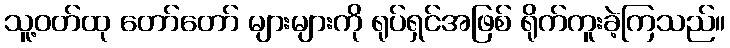
သူ့ဝတ်ထု တော်တော် များများကို ရုပ်ရှင်အဖြစ် ရိုက်ကူးခဲ့ကြသည်။